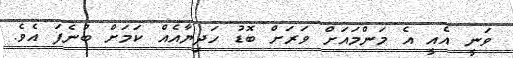
ވަނީ އެއީ އެ މަންމައަށް ވަރަށް ބޮޑު ހަދިޔާއެއް ކަމަށް ބުނެފަ އެވެ.